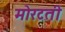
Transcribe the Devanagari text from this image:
मोरटती